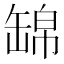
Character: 𦈿